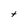
Character: t